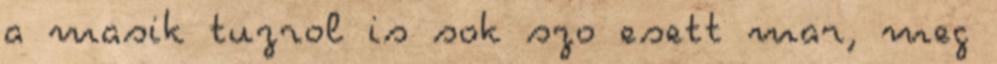
a masik tuzrol is sok szo esett mar, meg